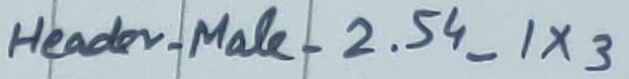
Text: Header_Male_2.54_1X3